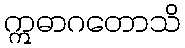
ဣဓာဂတောသိ